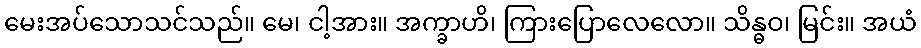
မေးအပ်သောသင်သည်။ မေ၊ ငါ့အား။ အက္ခာဟိ၊ ကြားပြောလေလော။ သိန္ဓဝ၊ မြင်း။ အယံ